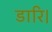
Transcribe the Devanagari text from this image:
डारि।